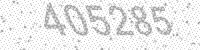
Solution: 405285